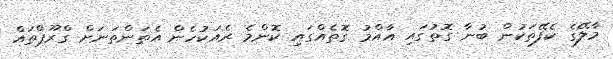
މާލޭގެ ކެފޭތަކުން ބުނާ ގޮތުގައި އާއްމު ގޮތެއްގައި ކޮންމެ ރެއަކުހެން އެތަންތަނަށް ގްރޫޕްތައް